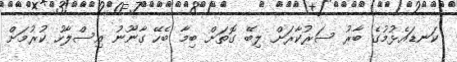
ކަނޑައެޅުމުގެ ބާރު ސަރުކާރަށް ލިބޭ ގޮތަށް ބިމާ ބެހޭ ގާނޫނު އިސްލާހު ކުރުމަށް